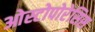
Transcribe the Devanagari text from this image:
ओस्टोपोरेसिस